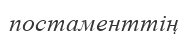
постаменттің